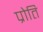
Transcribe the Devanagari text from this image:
प्रोति